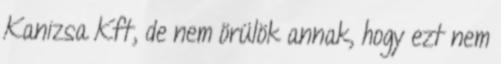
Kanizsa Kft, de nem örülök annak, hogy ezt nem